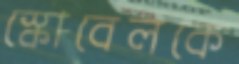
স্কোবেলকে